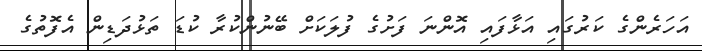
އަހަރެންގެ ކަރުގައި އަޅާފައި އޮންނަ ފަށުގެ ފުލަކަށް ބޭނުންކުރާ ކުޑަ ތަޅުދަޑިން އެފޮތުގެ